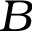
B